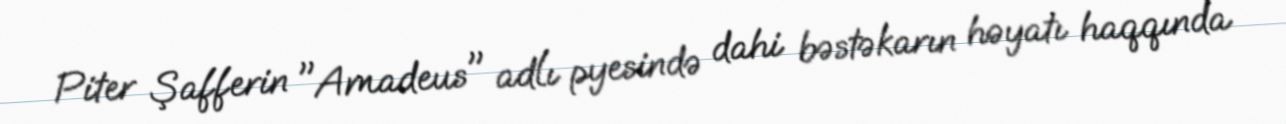
Piter Şafferin "Amadeus" adlı pyesində dahi bəstəkarın həyatı haqqında